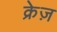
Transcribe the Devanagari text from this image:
क्रेज़